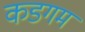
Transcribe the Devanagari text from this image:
कडगम